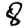
Digit: 8